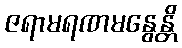
ဇရာမရဏမနွေန္တိ